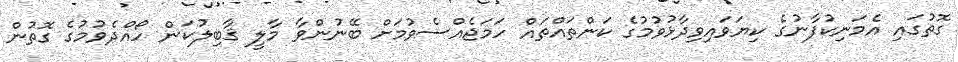
ގޮތުގައި އެމަނިކުފާނުގެ ކިޔަވައިވިދާޅުވުމުގެ ކަންތައްތައް ހަމަޖެއްސެވުމަށް ބޭނުންވާ މާލީ ޤާބިލުކަން ހޯއްދެވުމުގެ ގޮތުން